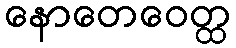
နောတေဝေတ္ထ